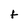
Character: t